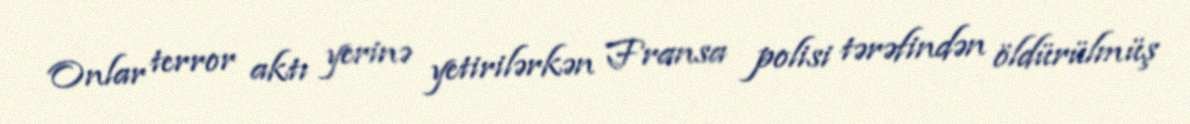
Onlar terror aktı yerinə yetirilərkən Fransa polisi tərəfindən öldürülmüş